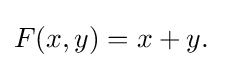
F(x,y)=x+y.\